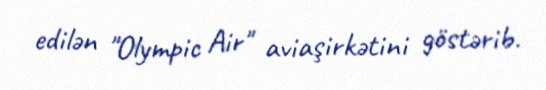
edilən "Olympic Air" aviaşirkətini göstərib.